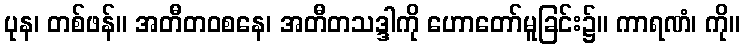
ပုန၊ တစ်ဖန်။ အတီတဝစနေ၊ အတီတသဒ္ဒါကို ဟောတော်မူခြင်း၌။ ကာရဏံ၊ ကို။